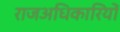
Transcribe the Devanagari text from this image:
राजअधिकारियों